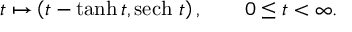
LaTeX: t \mapsto \left( t - \operatorname { t a n h } { t } , \operatorname { s e c h } \, { t } \right) , \quad \quad 0 \leq t < \infty .